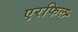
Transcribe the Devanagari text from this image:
एरफिल